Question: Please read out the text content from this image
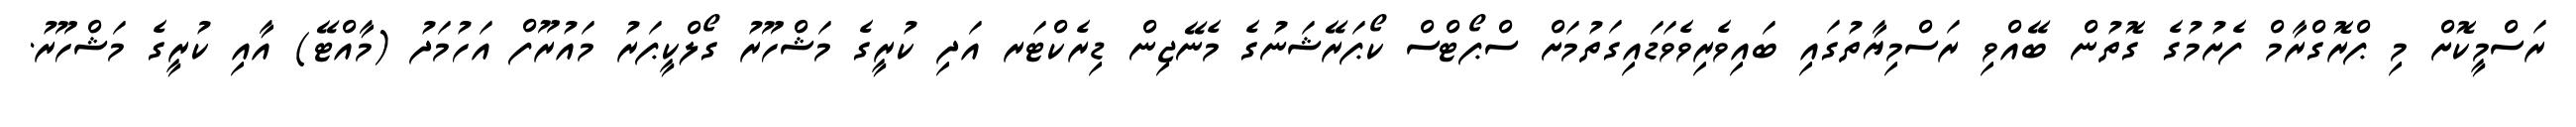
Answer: ރަސްމީކޮށް މި ޕްރޮގްރާމް ފެށުމުގެ ގޮތުން ބޭއްވި ރަސްމިޔާތުގައި ބައިވެރިވެވަޑައިގަތުމަށް ސްޕޯޓްސް ކޯޕަރޭޝަނުގެ މެނޭޖިން ޑިރެކްޓަރ އަދި ކުރީގެ މަޝްހޫރު ގޯލްކީޕަރު މައުރޫފް އަހުމަދު (މާއްޓޭ) އާއި ކުރީގެ މަޝްހޫރު.